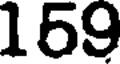
169